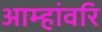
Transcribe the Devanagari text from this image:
आम्हांवरि